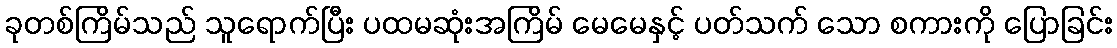
ခုတစ်ကြိမ်သည် သူရောက်ပြီး ပထမဆုံးအကြိမ် မေမေနှင့် ပတ်သက် သော စကားကို ပြောခြင်း